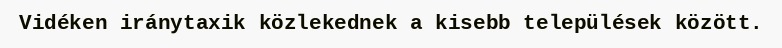
Vidéken iránytaxik közlekednek a kisebb települések között.